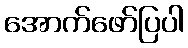
အောက်ဖော်ပြပါ